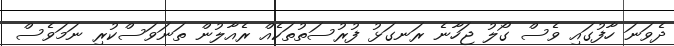
ދެވަނަ ހާފުގައި ވެސް ގޯލު ޖަހާނެ ރަނގަޅު ފުރުސަތުތަކެއް ރެއާލުން ތަނަވަސްކުރި ނަމަވެސް